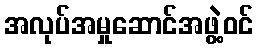
အလုပ်အမှုဆောင်အဖွဲ့ဝင်